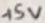
Text: +5V